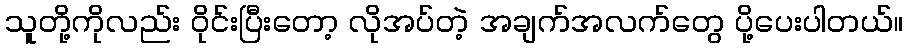
သူတို့ကိုလည်း ၀ိုင်းပြီးတော့ လိုအပ်တဲ့ အချက်အလက်တွေ ပို့ပေးပါတယ်။